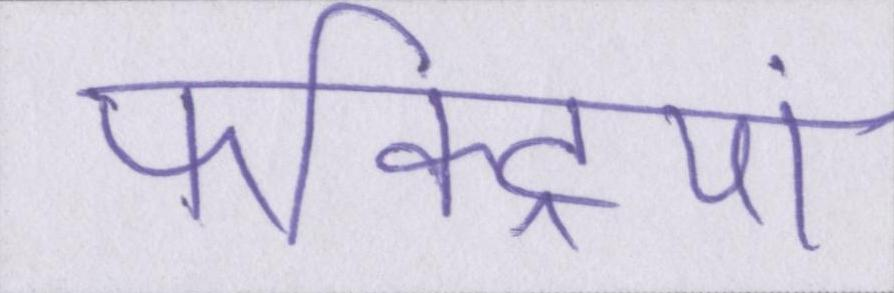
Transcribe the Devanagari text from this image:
फैक्ट्रियां